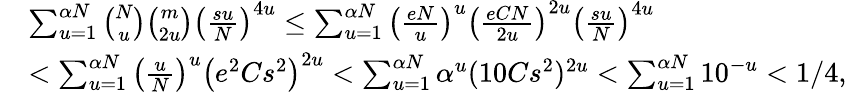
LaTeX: \begin{array}{rl}&{\sum_{u=1}^{\alpha N}{\binom{N}{u}}{\binom{m}{2u}}\left(\frac{su}{N}\right)^{4u}\le\sum_{u=1}^{\alpha N}\left(\frac{eN}{u}\right)^{u}\left(\frac{eCN}{2u}\right)^{2u}\left(\frac{su}{N}\right)^{4u}}\\ &{<\sum_{u=1}^{\alpha N}\left(\frac{u}{N}\right)^{u}\left(e^{2}Cs^{2}\right)^{2u}<\sum_{u=1}^{\alpha N}\alpha^{u}(10Cs^{2})^{2u}<\sum_{u=1}^{\alpha N}10^{-u}<1/4,}\end{array}